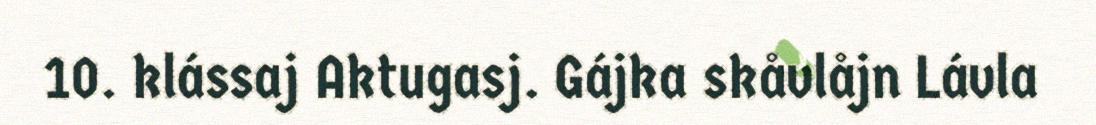
10. klássaj Aktugasj. Gájka skåvlåjn Lávla